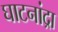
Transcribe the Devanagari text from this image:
घाटनांद्रा